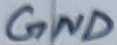
Text: GND